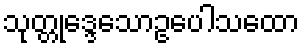
သုတ္တုဒ္ဒေသောဥပေါသထော